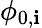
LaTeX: \phi_{0,\mathbf{i}}